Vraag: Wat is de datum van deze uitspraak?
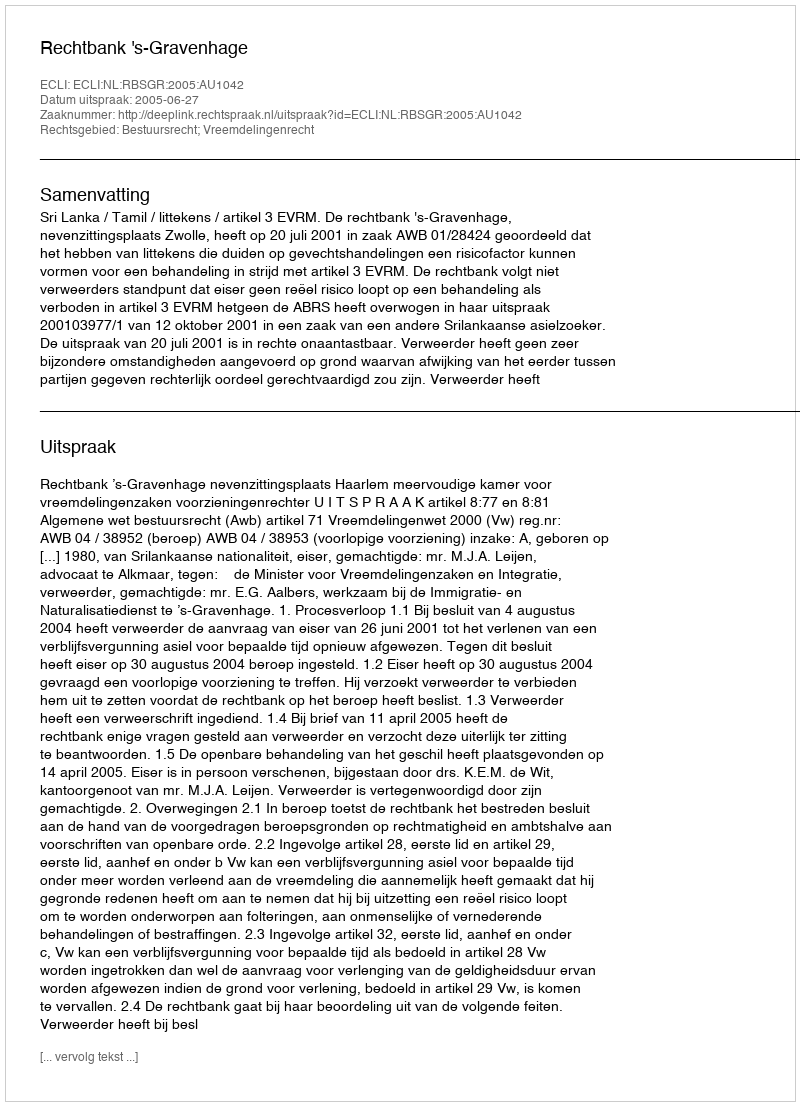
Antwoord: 2005-06-27